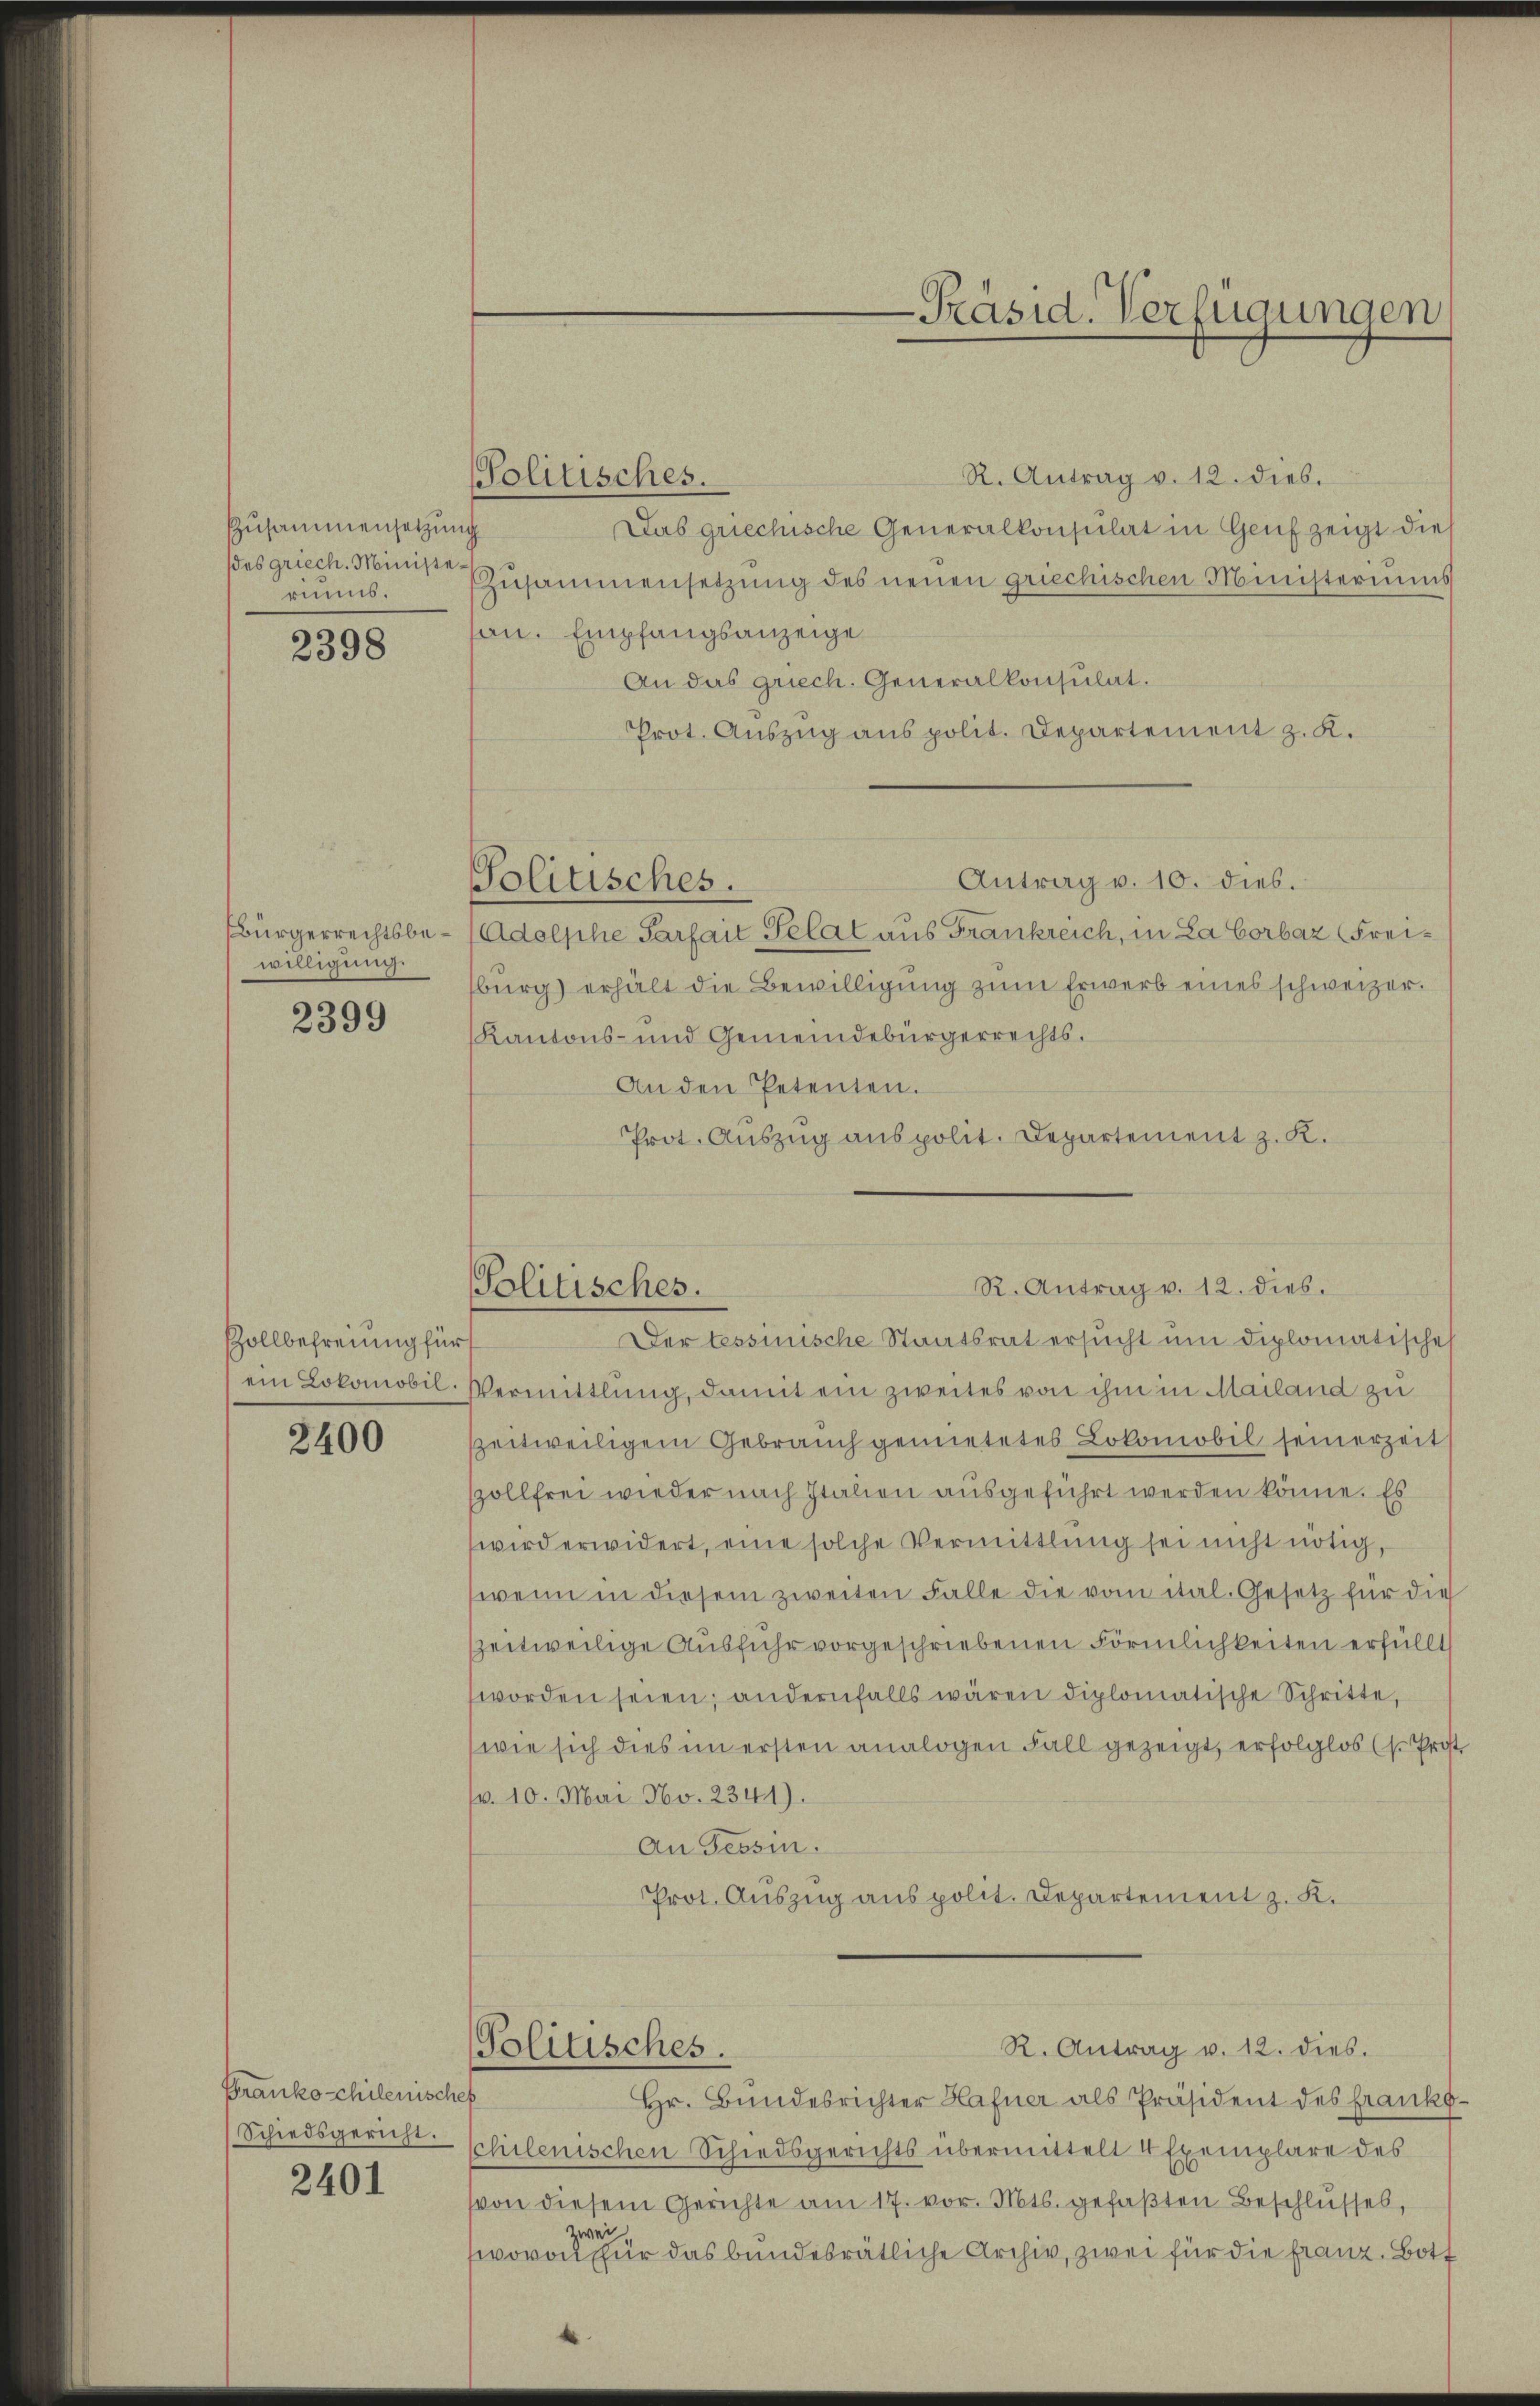
ZZusammensetzung
(des griech. Ministeriums.

2398

Bürgerrechtsbewilligung.

2399

Zollbefreiung für

2400

Franko schilenischef
2401

R. Antrag v. 12. dies.
Das griechische Generalkonsulat in Genf zeigt dies
Zusammensetzung des neuen griechischen Ministeriums
san. Empfangsanzeige
An das griech. Generalkonsulat.
Prot. Auszug aus polit. Departement z. K.
Antrag v. 10. dies.
Politisches.
Adolphe Parfait Gelat aus Frankreich, in La Corbaz (Freiburg) erhält die Bewilligung zum Erwerb eines schweizer.
Kantons- und Gemeindebürgerrechts.
An den Petenten.
Prot. Auszug aus polit. Departement z. K.

Politisches.

R. Antrag v. 12. dies.
Politisches.
Der Tessinische Staatsrat ersucht um diplomatischeh

ein Lokomobil-Vermittlung, damit ein zweites von ihm in Mailand zu
zeitweiligem Gebrauch gemietetes Lokomobil seinerzeit
szollfrei wieder nach Italien ausgeführt werden könne. Es
wird erwidert, eine solche Vermittlung sei nicht nötig,
wenn in diesem zweiten Falle die vom ital. Gesetz für die
zeitweilige Ausfuhr vorgeschriebenen Förmlichkeiten erfüllt
worden seien; andernfalls wären diplomatische Schritte,
(wie sich dies im ersten analogen Fall gezeigt, erfolglos (s. Prost.
v. 10. Mai No. 2341).
An Tessin.
Prot. Auszug aus polit. Departement z. K.

Politisches.

Präsid. Verfügungen

Hr. Bundesrichter Hafner als Präsident des franko-
Schiedsgericht schilenischen Schiedsgerichts übermittelt 4 Exemplare des
von diesem Gerichte am 17. vor. Mts. gefaßten Beschlusses,
wovon den sehr das bundesrätliche Archiv, zwei für die Franz, Bott

R. Antrag v. 12. dies.